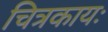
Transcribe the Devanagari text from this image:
चित्रकायः